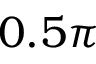
0 . 5 \pi